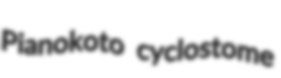
Pianokoto cyclostome